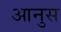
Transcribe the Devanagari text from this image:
आनुस